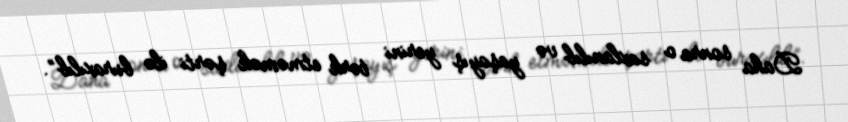
Daha sonra o saxlanılıb və yaşayış yerini tərk etməmək şərti ilə buraxılıb”.